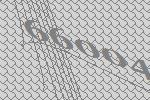
66004